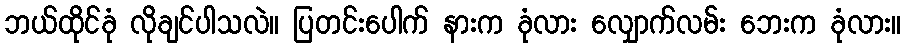
ဘယ်ထိုင်ခုံ လိုချင်ပါသလဲ။ ပြတင်းပေါက် နားက ခုံလား လျှောက်လမ်း ဘေးက ခုံလား။